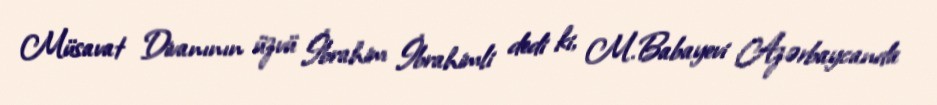
Müsavat Divanının üzvü İbrahim İbrahimli dedi ki, M.Babayevi Azərbaycanda